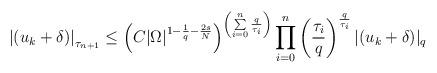
LaTeX: \begin{align*}\left|(u_k+\delta)\right|_{\tau_{n+1}}\leq\left(C|\Omega|^{1-\frac{1}{q}-\frac{2s}{N}} \right)^{\left(\sum\limits_{i=0}^{n}\frac{q}{\tau_i}\right)}\prod\limits_{i=0}^{n}\left(\frac{\tau_i}{q} \right)^{\frac{q}{\tau_i}}|(u_k+\delta)|_{q}\end{align*}